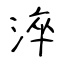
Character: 淬